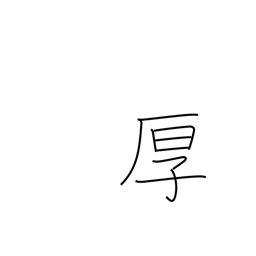
Meaning: cordial